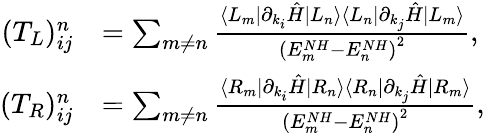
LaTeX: \begin{array}{rl}{(T_{L})_{ij}^{n}}&{=\sum_{m\neq n}\frac{\langle L_{m}|\partial_{k_{i}}\hat{H}|L_{n}\rangle\langle L_{n}|\partial_{k_{j}}\hat{H}|L_{m}\rangle}{{(E_{m}^{NH}-E_{n}^{NH})}^{2}},}\\ {(T_{R})_{ij}^{n}}&{=\sum_{m\neq n}\frac{\langle R_{m}|\partial_{k_{i}}\hat{H}|R_{n}\rangle\langle R_{n}|\partial_{k_{j}}\hat{H}|R_{m}\rangle}{{(E_{m}^{NH}-E_{n}^{NH})}^{2}},}\end{array}